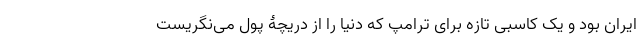
ایران بود و یک کاسبی تازه برای ترامپ که دنیا را از دریچۀ پول می‌نگریست